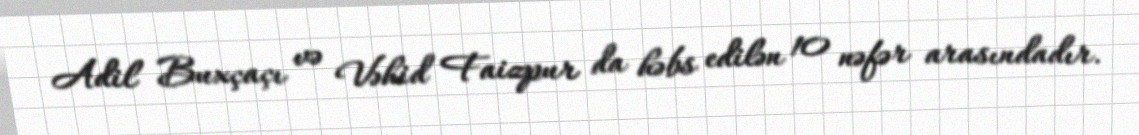
Adil Buxçaçı və Vəhid Faizpur da həbs edilən 10 nəfər arasındadır.